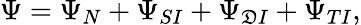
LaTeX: \Psi=\Psi_{N}+\Psi_{SI}+\Psi_{\mathfrak{D}I}+\Psi_{TI},